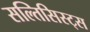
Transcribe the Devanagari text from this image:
सल्तिसिस्ट्स